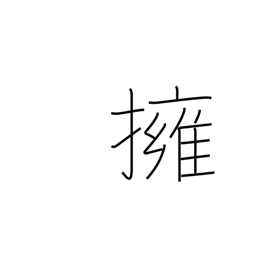
Meaning: hug